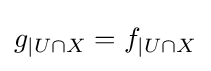
g_{|U\cap X}=f_{|U\cap X}